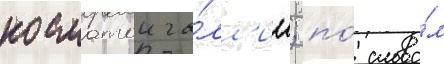
косматои га́лл'ии; по́ слова́м